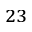
^ { 2 3 }